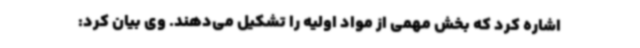
اشاره کرد که بخش مهمی از مواد اولیه را تشکیل می‌دهند. وی بیان کرد: